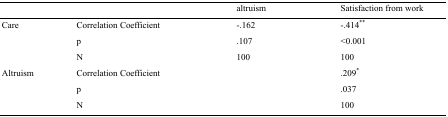
<table><thead><tr><td></td><td></td><td><b>altruism</b></td><td><b>Satisfaction from work</b></td></tr></thead><tbody><tr><td rowspan="3">Care</td><td>Correlation Coefficient</td><td>-.162</td><td>-.414<sup>**</sup></td></tr><tr><td>p</td><td>.107</td><td>&lt;0.001</td></tr><tr><td>N</td><td>100</td><td>100</td></tr><tr><td rowspan="3">Altruism</td><td>Correlation Coefficient</td><td></td><td>.209<sup>*</sup></td></tr><tr><td>p</td><td></td><td>.037</td></tr><tr><td>N</td><td></td><td>100</td></tr></tbody></table>